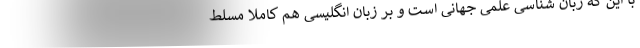
با این که زبان شناسی علمی جهانی است و بر زبان انگلیسی هم کاملا مسلط